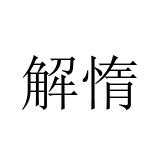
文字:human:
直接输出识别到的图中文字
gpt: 解惰